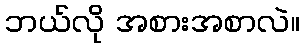
ဘယ်လို အစားအစာလဲ။